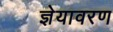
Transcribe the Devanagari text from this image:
ज्ञेयावरण